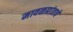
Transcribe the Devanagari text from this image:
मावळप्रांताचे